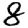
Digit: 8